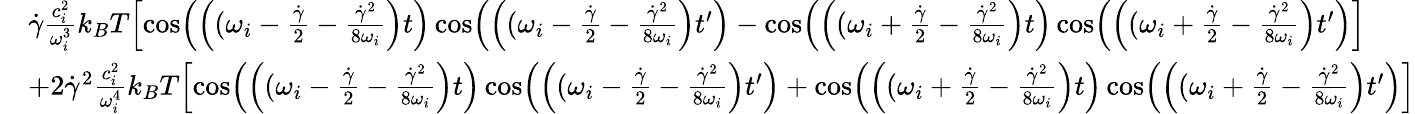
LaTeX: \begin{array}{rl}&{\dot{\gamma}\frac{c_{i}^{2}}{\omega_{i}^{3}}k_{B}T\Bigl[\cos\Bigl(\Bigl((\omega_{i}-\frac{\dot{\gamma}}{2}-\frac{\dot{\gamma}^{2}}{8\omega_{i}}\Bigr)t\Bigr)\cos\Bigl(\Bigl((\omega_{i}-\frac{\dot{\gamma}}{2}-\frac{\dot{\gamma}^{2}}{8\omega_{i}}\Bigr)t^{\prime}\Bigr)-\cos\Bigl(\Bigl((\omega_{i}+\frac{\dot{\gamma}}{2}-\frac{\dot{\gamma}^{2}}{8\omega_{i}}\Bigr)t\Bigr)\cos\Bigl(\Bigl((\omega_{i}+\frac{\dot{\gamma}}{2}-\frac{\dot{\gamma}^{2}}{8\omega_{i}}\Bigr)t^{\prime}\Bigr)\Bigr]}\\ &{+2\dot{\gamma}^{2}\frac{c_{i}^{2}}{\omega_{i}^{4}}k_{B}T\Bigl[\cos\Bigl(\Bigl((\omega_{i}-\frac{\dot{\gamma}}{2}-\frac{\dot{\gamma}^{2}}{8\omega_{i}}\Bigr)t\Bigr)\cos\Bigl(\Bigl((\omega_{i}-\frac{\dot{\gamma}}{2}-\frac{\dot{\gamma}^{2}}{8\omega_{i}}\Bigr)t^{\prime}\Bigr)+\cos\Bigl(\Bigl((\omega_{i}+\frac{\dot{\gamma}}{2}-\frac{\dot{\gamma}^{2}}{8\omega_{i}}\Bigr)t\Bigr)\cos\Bigl(\Bigl((\omega_{i}+\frac{\dot{\gamma}}{2}-\frac{\dot{\gamma}^{2}}{8\omega_{i}}\Bigr)t^{\prime}\Bigr)\Bigr]}\end{array}